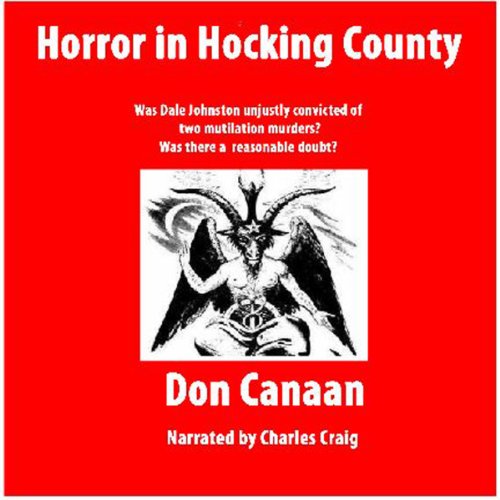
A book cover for Horror in Hocking County; Don Canaan; Law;